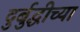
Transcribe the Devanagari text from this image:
दुर्बुद्धीच्या